Annual vaccination report of Bihar and Orissa - 1911-1928
Year: 1911
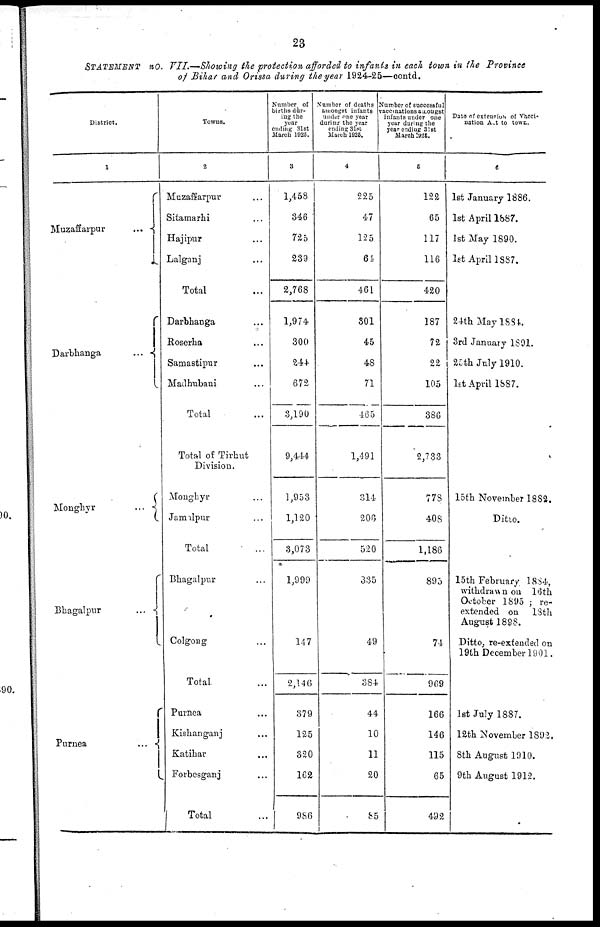
23
STATEMENT no. VII.—Showing the protection afforded to infants in each town in the Province
of Bihar and Orissa during the year 1924-25—contd.
District.
1
Muzaffarpur
...
Darbhanga
...
Monghyr
...
Bhagalpur
...
Purnea
...
Towns.
2
Muzaffarpur ...
Sitamarhi ...
Hajipur ...
Lalganj ...
Total ...
Darbhanga ...
Roserha ...
Samastipur ...
Madbubani ...
Total ...
Total of Tirhut
Division.
Monghyr ...
Jamalpur ...
Total ...
Bhagalpur ...
Colgong ...
Total ...
Purnea ...
Kishanganj ...
Katihar ...
Forbesganj ...
Total ...
Number of
births dur-
ing the
year
ending 31st
March 1925.
3
1,458
346
725
239
2,768
1,974
300
244
672
3,190
9,444
1,953
1,120
3,073
1,999
147
2,146
379
125
320
162
986
Number of deaths
amongst infants
under one year
during the year
ending 31st
March 1926.
4
225
47
125
64
461
301
45
48
71
465
1,491
314
206
520
335
49
384
44
10
11
20
85
Number of successful
vaccinations amongst
infants under one
year during the
year ending 31st
March 1925.
6
122
65
117
116
420
187
72
22
105
386
2,733
778
408
1,186
895
74
969
166
146
115
65
492
Date of extension of Vacci-
nation Act to town.
6
1st January 1886.
1st April 1887.
1st May 1890.
1st April 1887.
24th May 1884.
3rd January 1891.
25th July 1910.
1st April 1887.
l5th November 1882.
Ditto.
15th February. 1884,
withdrawn on 16th
October 1895 ; re¬
extended on 18th
August 1898.
Ditto, re-extended on
19th December 1901.
1st July 1887.
12th November 1892.
8th August 1910.
9th August 1912.